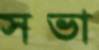
সভা